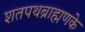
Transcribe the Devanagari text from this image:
शतपथब्राह्मणके